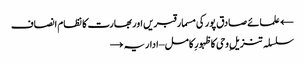
← علمائے صادق پور کی مسمار قبریں اور بھارت کا نظام انصاف
سلسلہ تنزیلِ وحی کا ظہورِ کامل – اداریہ →